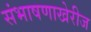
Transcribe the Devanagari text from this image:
संभाषणाखेरीज